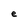
Character: e